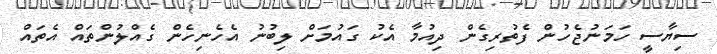
ސިޔާސީ ހަމަނުޖެހުން ފެތުރިގެން ދިއުމާ އެކު ގައުމަށް ލިބުނު އެހެނިހެން ގެއްލުންތައް އެތައް